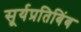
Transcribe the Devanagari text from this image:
सूर्यप्रतिबिंब